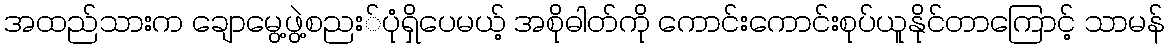
အထည်သားက ချောမွေ့ဖွဲ့စညး်ပုံရှိပေမယ့် အစိုဓါတ်ကို ကောင်းကောင်းစုပ်ယူနိုင်တာကြောင့် သာမန်